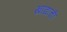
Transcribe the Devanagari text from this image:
खाद्याची